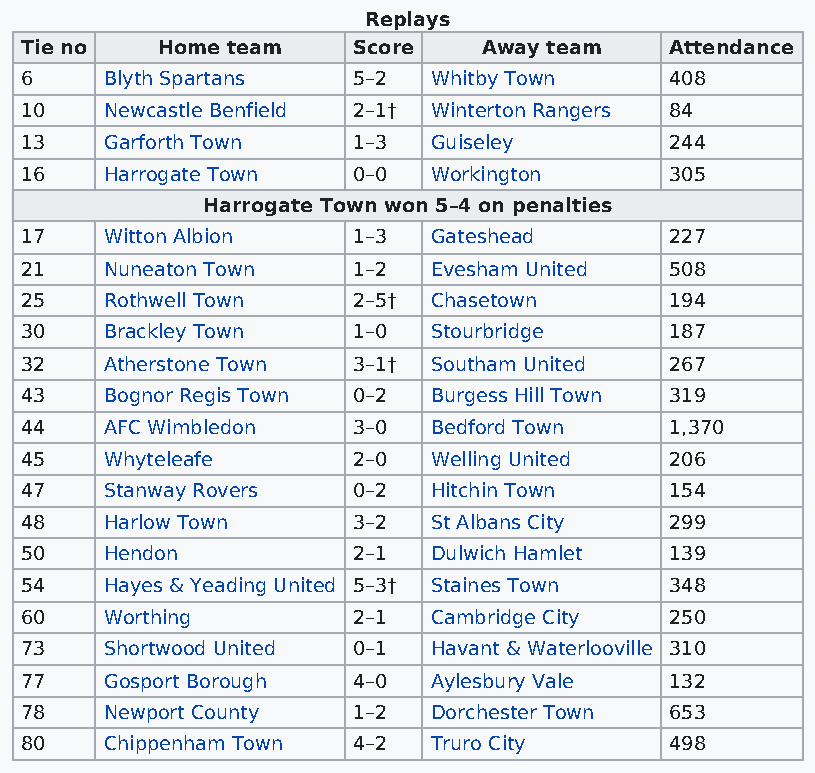
Replays
 Tie no   Home team    Score    Away team   Attendance
 6     Blyth Spartans  5–2  Whitby Town     408
 10    Newcastle Benfield 2–1† Winterton Rangers 84
 13    Garforth Town   1–3  Guiseley        244
 16    Harrogate Town  0–0  Workington      305
 Harrogate Town won 5–4 on penalties
 17    Witton Albion   1–3  Gateshead       227
 21    Nuneaton Town   1–2  Evesham United  508
 25    Rothwell Town   2–5† Chasetown       194
 30    Brackley Town   1–0  Stourbridge     187
 32    Atherstone Town 3–1† Southam United  267
 43    Bognor Regis Town 0–2 Burgess Hill Town 319
 44    AFC Wimbledon   3–0  Bedford Town    1,370
 45    Whyteleafe      2–0  Welling United  206
 47    Stanway Rovers  0–2  Hitchin Town    154
 48    Harlow Town     3–2  St Albans City  299
 50    Hendon          2–1  Dulwich Hamlet  139
 54    Hayes & Yeading United 5–3† Staines Town 348
 60    Worthing        2–1  Cambridge City  250
 73    Shortwood United 0–1 Havant & Waterlooville 310
 77    Gosport Borough 4–0  Aylesbury Vale  132
 78    Newport County  1–2  Dorchester Town 653
 80    Chippenham Town 4–2  Truro City      498